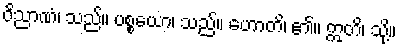
ဝိညာဏံ၊ သည်။ ပစ္စယော၊ သည်။ ဟောတိ၊ ၏။ ဣတိ၊ သို့။